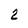
Character: 2